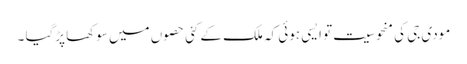
مودی جی کی منحوسیت تو ایسی ہوئی کہ ملک کے کئی حصوں میں سوکھا پڑگیا ۔